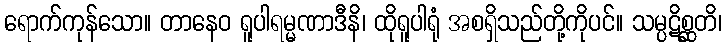
ရောက်ကုန်သော။ တာနေဝ ရူပါရမ္မဏာဒီနိ၊ ထိုရူပါရုံ အစရှိသည်တို့ကိုပင်။ သမ္ပဋိစ္ဆတိ၊